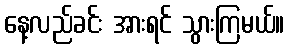
နေ့လည်ခင်း အားရင် သွားကြမယ်။